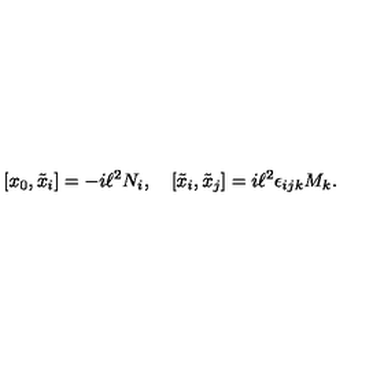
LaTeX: [ x _ { 0 } , \tilde { x } _ { i } ] = - i \ell ^ { 2 } N _ { i } , \quad [ \tilde { x } _ { i } , \tilde { x } _ { j } ] = i \ell ^ { 2 } \epsilon _ { i j k } M _ { k } .